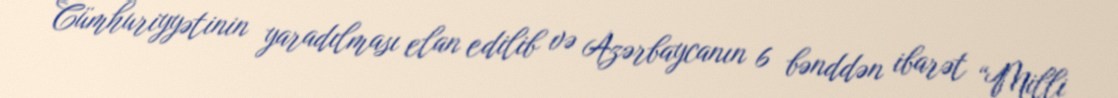
Cümhuriyyətinin yaradılması elan edilib və Azərbaycanın 6 bənddən ibarət “Milli